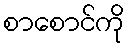
စာစောင်ကို